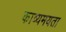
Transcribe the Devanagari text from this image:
काव्यमयता